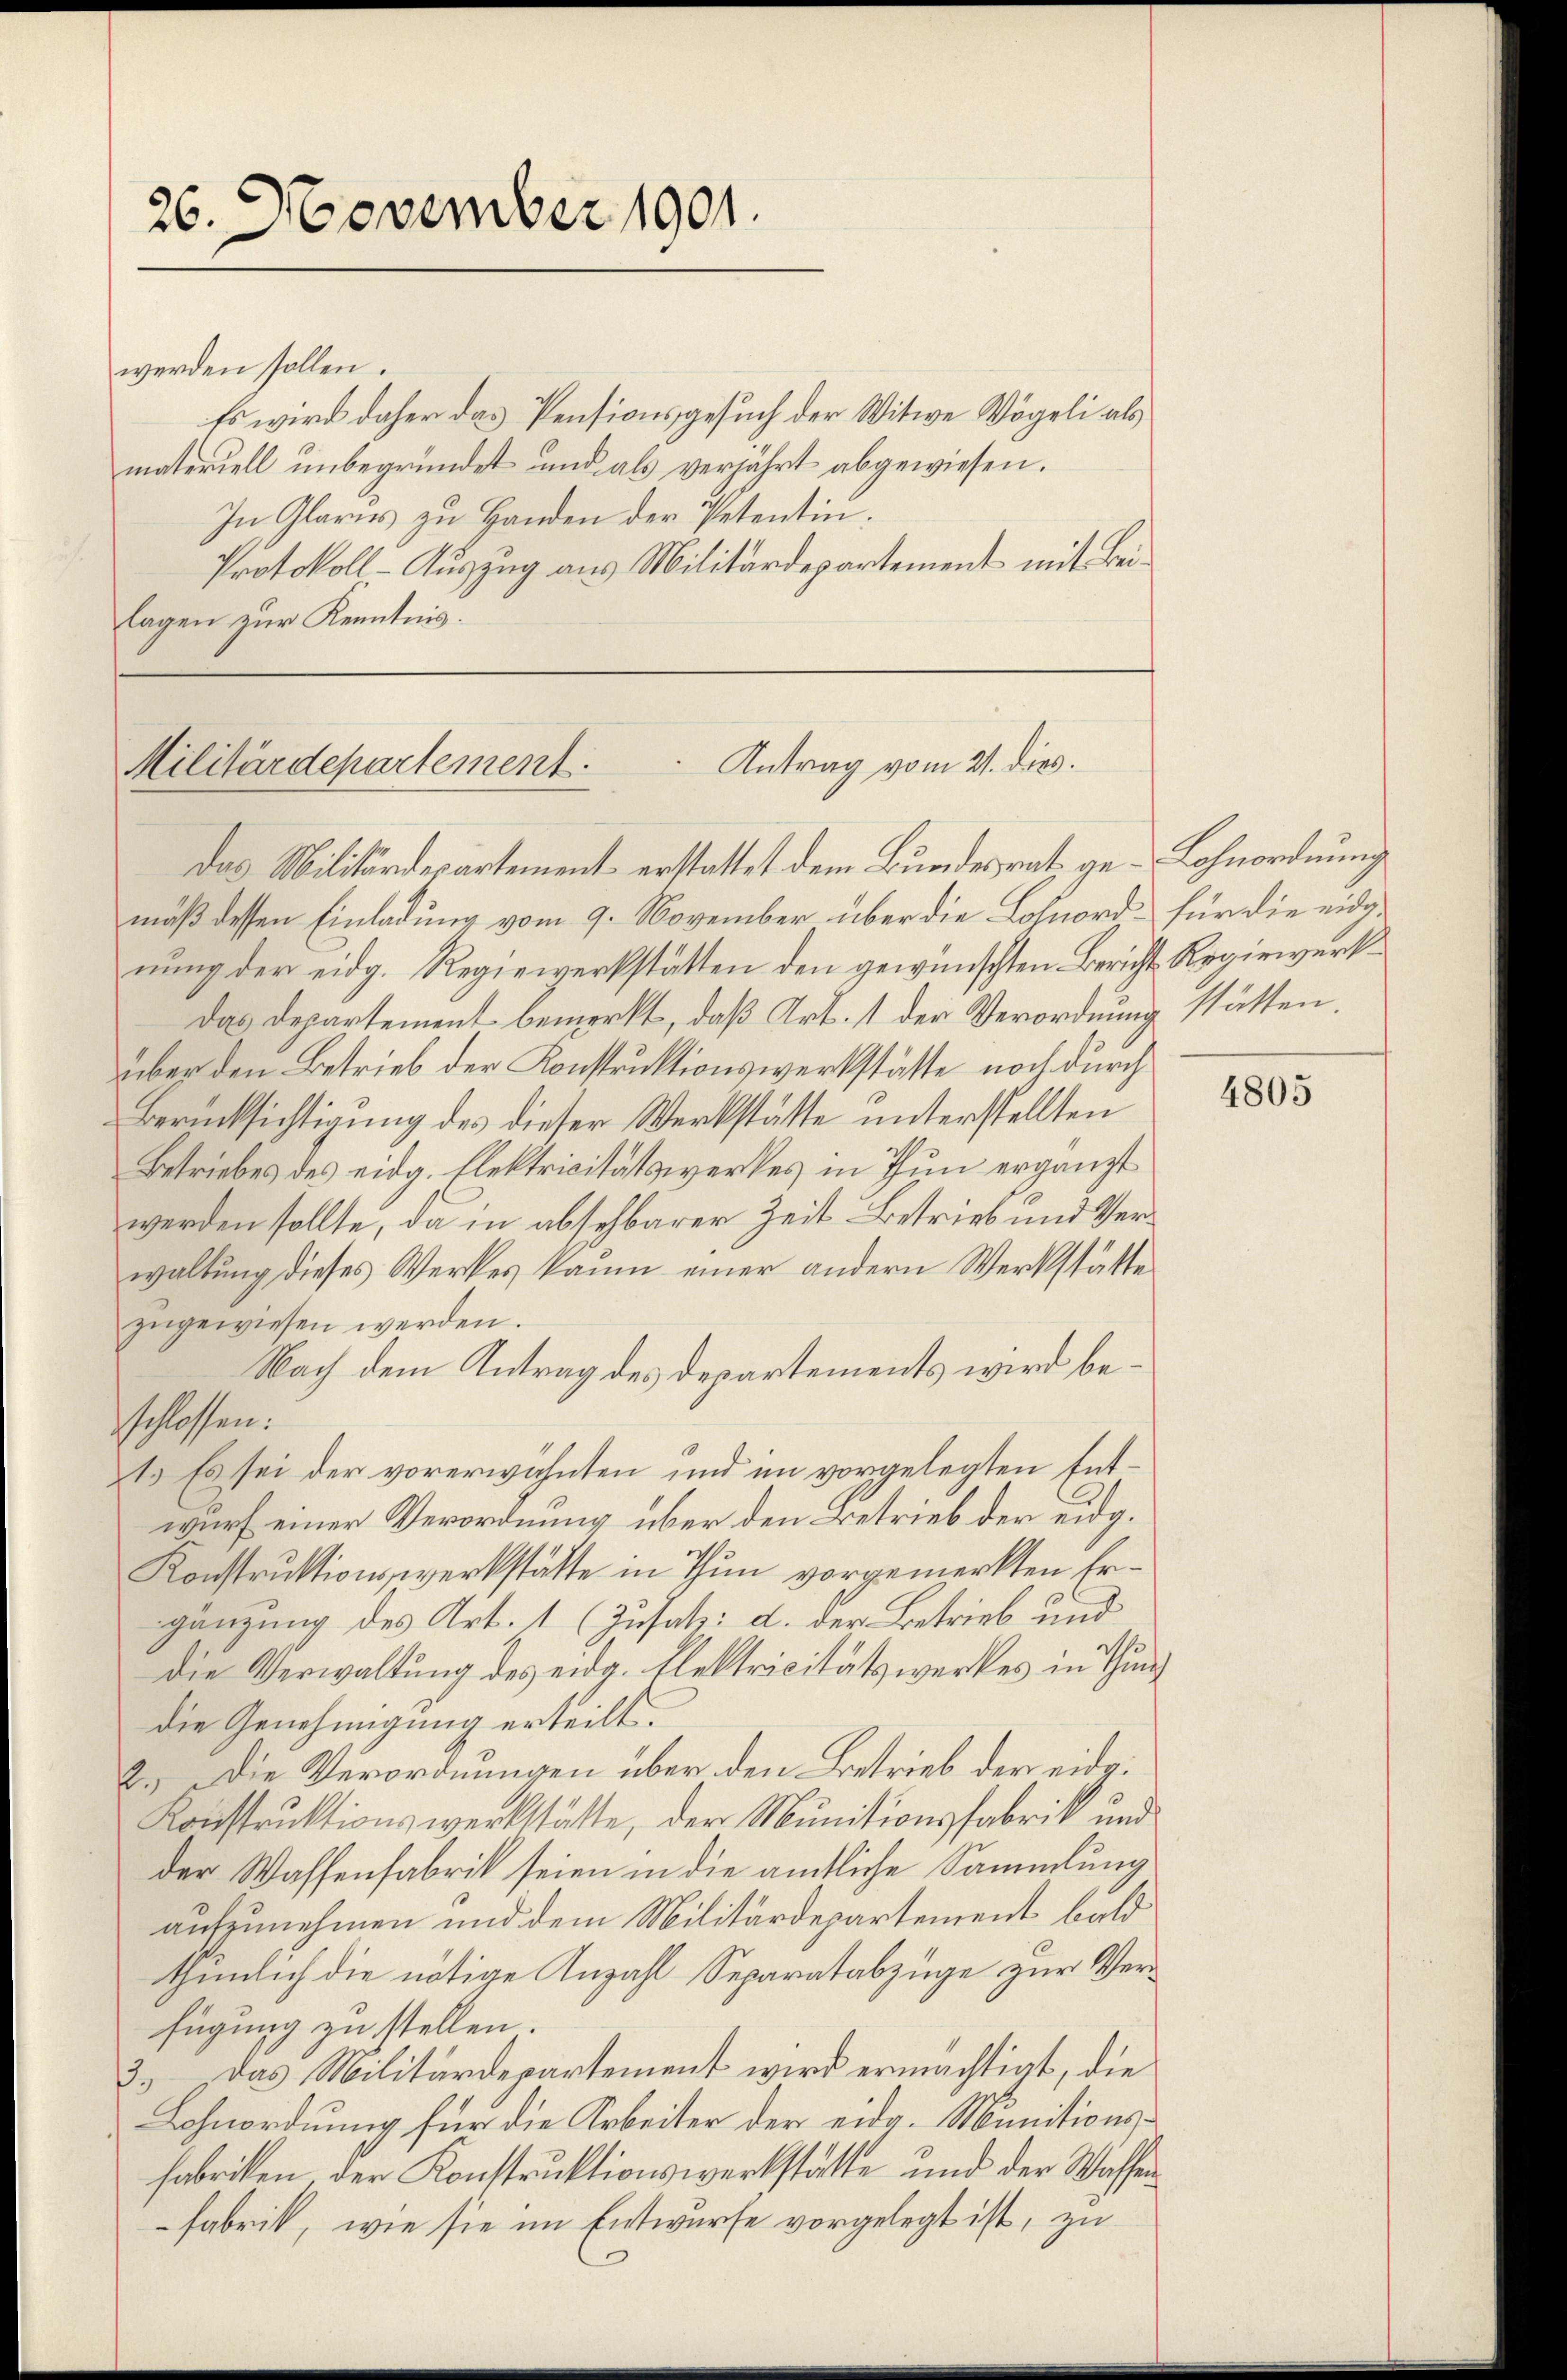
26. November 1901.

werden sollen.
Es wird daher das Pensionsgesuch der Witwe Vögeli als
materiell unbegründet und als verjährt abgewiesen.
In Glarus zu Handen der Petentin.
Protokoll-Auszug aus Militärdepartement mit Beilagen zur Kenntnis.

Antrag vom 21. dies.
Militärdepartement.

Das Militärdepartement erstattet dem Bundesrath ge-Lohnordnung
mäß dessen Einladung vom 9. November über die Lohnord- für die eidgnung der eidg. Regiewerkstätten den gewünschten Bericht Regierwerkdas Departement bemerkt, daß Art. 1 der Verordnung stätten.
über den Betrieb der Konstruktionswerkstätte noch durch
Berücksichtigung des dieser Werkstätte unterstellten
Betriebes des eidg. Elektricitätswerkes in Thun ergänzt
werden sollte, da in absehbarer Zeit Betrieb und Verwaltung dieses Werkes kaum einer andern Werkstätte
zugewiesen werden.
Nach dem Antrag des Departements wird beschlossen:
zt. Es sei der vorerwähnten und im vorgelegten Entwurf einer Verordnung über den Betrieb der eidg.
Konstruktionswerkstätte in Thun vorgemerkten Ergänzung des Art. 1 (Zusatz: d. der Betrieb und
die Verwaltung des eidg. Elektricitätswerkes in Thun
die Genehmigung erteilt.
2.) Die Verordnungen über den Betrieb der eide.
Konstruktionswerkstätte, der Munitionsfabrik und
der Wassenfabrik seien in die amtliche Sammlung
aufzunehmen und dem Militärdepartement bald
thunlich die nötige Anzahl Separatabzüge zur Verfügung zu stellen.
2.) Das Militärdepartement wird ermächtigt, die
Lohnordnung für die Arbeiter der eidg. Munitionsfabriken der Konstruktionswerkstätte und der Waffen¬
Fabrik, wie sie im Entwurfe vorgelegt ist, zu

4805